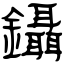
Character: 鑷